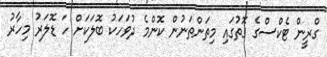
ގްރީން ޓެކްސްގެ ގޮތުގައި މިތަންތަނުން ކޮންމެ ދުވަހަކު ބޮލަކަށް ހަ ޑޮލަރު މިހާރު